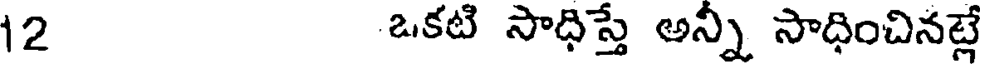
12 ఒకటి సాధిస్తే అన్ని సాధించినట్లే